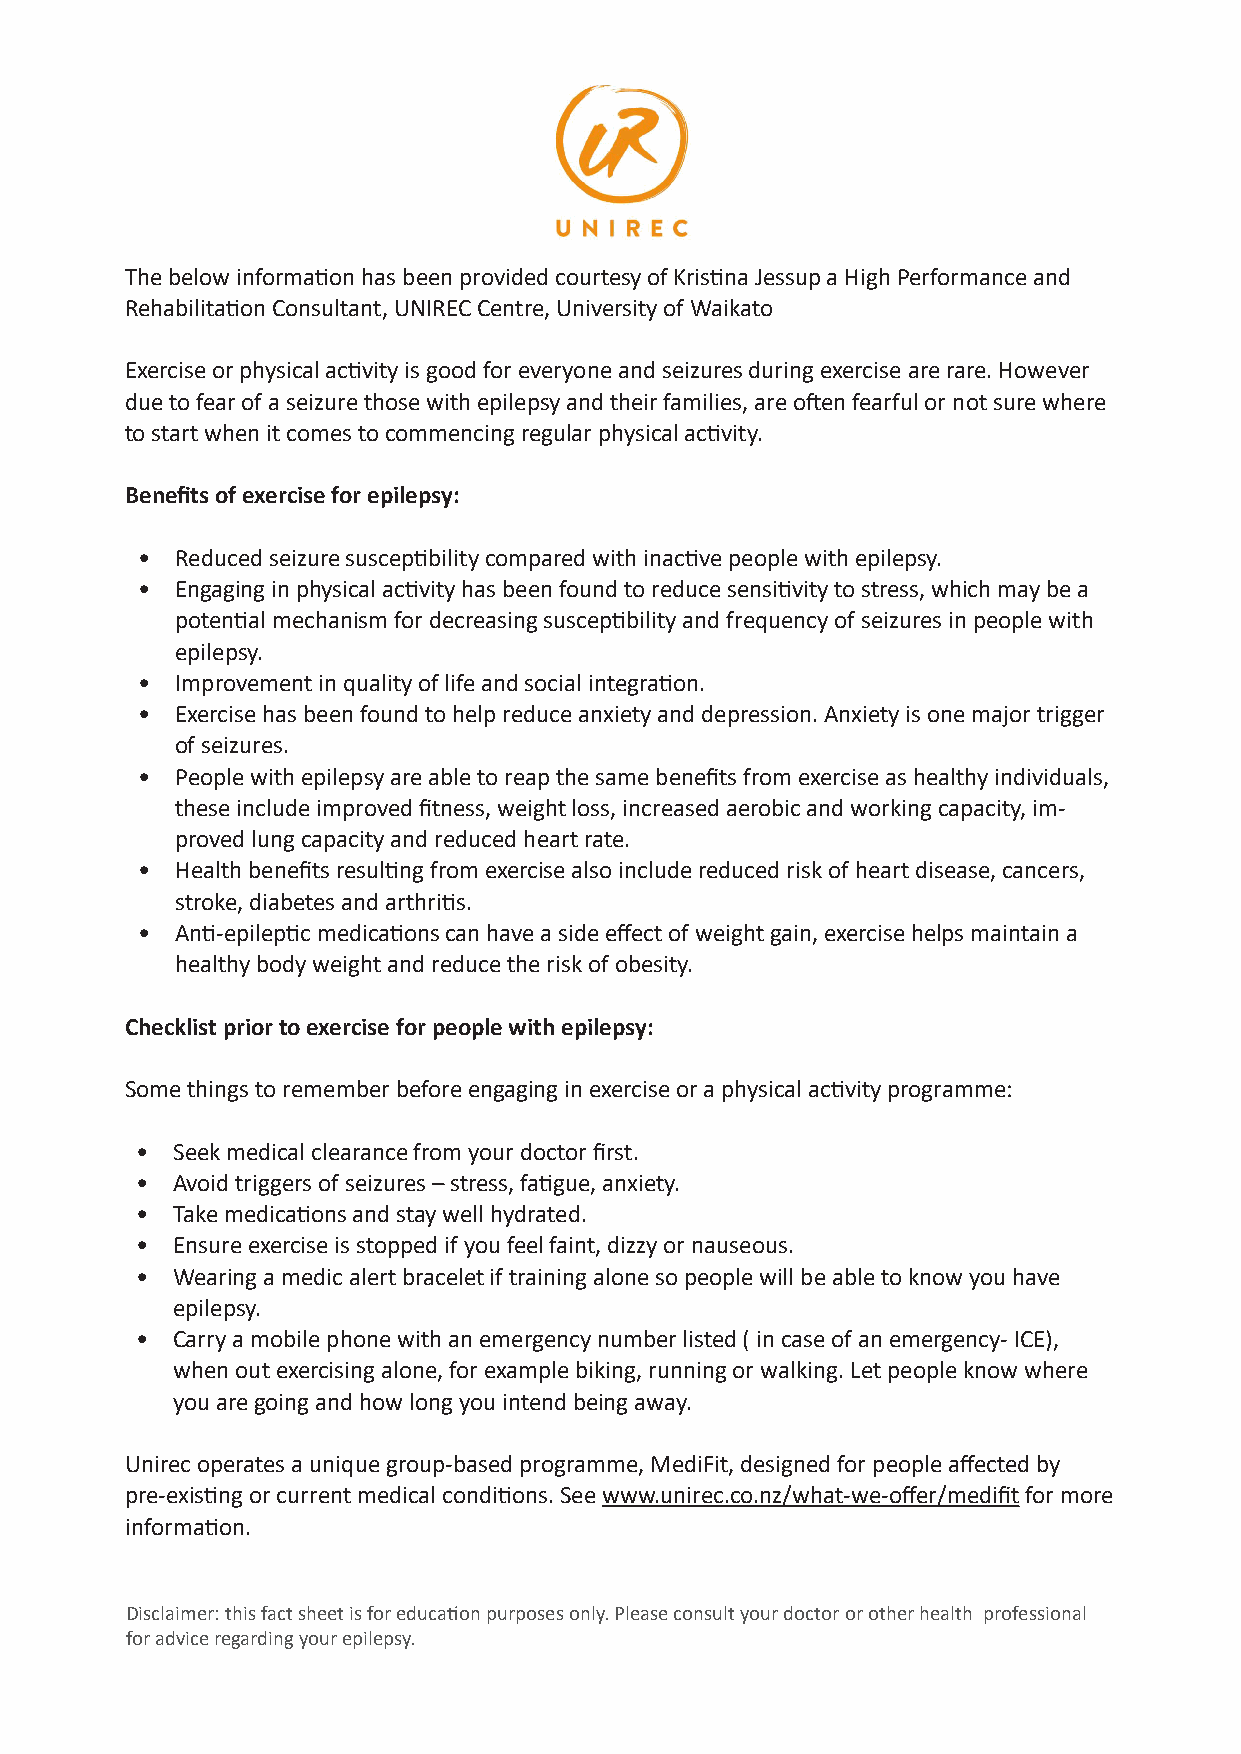
The below information has been provided courtesy of Kristina Jessup a High Performance and
 Rehabilitation Consultant, UNIREC Centre, University of Waikato
 Exercise or physical activity is good for everyone and seizures during exercise are rare. However
 due to fear of a seizure those with epilepsy and their families, are often fearful or not sure where
 to start when it comes to commencing regular physical activity.
 Benefits of exercise for epilepsy:
 •  Reduced seizure susceptibility compared with inactive people with epilepsy.
 •  Engaging in physical activity has been found to reduce sensitivity to stress, which may be a
 potential mechanism for decreasing susceptibility and frequency of seizures in people with
 epilepsy.
 •  Improvement in quality of life and social integration.
 •  Exercise has been found to help reduce anxiety and depression. Anxiety is one major trigger
 of seizures.
 •  People with epilepsy are able to reap the same benefits from exercise as healthy individuals,
 these include improved fitness, weight loss, increased aerobic and working capacity, im-
 proved lung capacity and reduced heart rate.
 •  Health benefits resulting from exercise also include reduced risk of heart disease, cancers,
 stroke, diabetes and arthritis.
 •  Anti-epileptic medications can have a side effect of weight gain, exercise helps maintain a
 healthy body weight and reduce the risk of obesity.
 Checklist prior to exercise for people with epilepsy:
 Some things to remember before engaging in exercise or a physical activity programme:
 • Seek medical clearance from your doctor first.
 • Avoid triggers of seizures – stress, fatigue, anxiety.
 • Take medications and stay well hydrated.
 • Ensure exercise is stopped if you feel faint, dizzy or nauseous.
 • Wearing a medic alert bracelet if training alone so people will be able to know you have
 epilepsy.
 • Carry a mobile phone with an emergency number listed ( in case of an emergency- ICE),
 when out exercising alone, for example biking, running or walking. Let people know where
 you are going and how long you intend being away.
 Unirec operates a unique group-based programme, MediFit, designed for people affected by
 pre-existing or current medical conditions. See www.unirec.co.nz/what-we-offer/medifit for more
 information.
 Disclaimer: this fact sheet is for educati on purposes only. Please consult your doctor or other health professional
 for advice regarding your epilepsy.